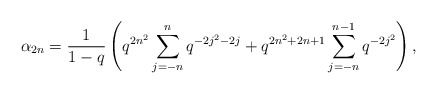
\begin{align*} \alpha_{2n} = \frac{1}{1-q}\left(q^{2n^2}\sum_{j=-n}^{n}q^{-2j^2-2j} + q^{2n^2+2n+1}\sum_{j=-n}^{n-1}q^{-2j^2}\right), \end{align*}